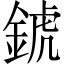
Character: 錿